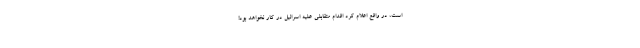
است، در واقع اعلام کرد اقدام متقابلی علیه اسرائیل در کار نخواهد بود!